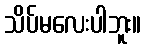
သိပ်မလေးပါဘူး။